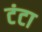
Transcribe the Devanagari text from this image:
टंटा